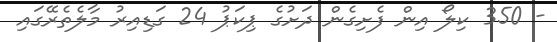
- 350 ކިލޯ އިން ފެށިގެން ދަށުގެ ޕިކަޕު 24 ގަޑިއިރު މާލެތެރޭގައި